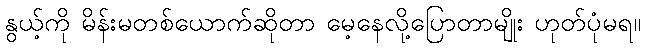
နွယ့်ကို မိန်းမတစ်ယောက်ဆိုတာ မေ့နေလို့ပြောတာမျိုး ဟုတ်ပုံမရ။